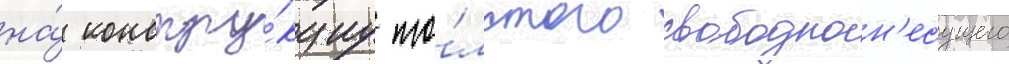
на́ констру́кциу то́лстого свободнон'есущего